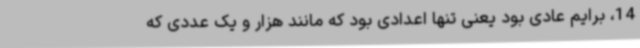
14، برایم عادی بود یعنی تنها اعدادی بود که مانند هزار و یک عددی که